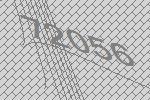
72056